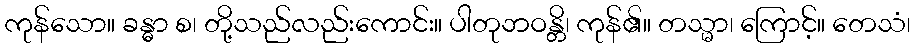
ကုန်သော။ ခန္ဓာ စ၊ တို့သည်လည်းကောင်း။ ပါတုဘဝန္တိ၊ ကုန်၏။ တသ္မာ၊ ကြောင့်။ တေသံ၊